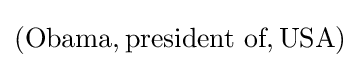
({\text{Obama}},{\text{president of}},{\text{USA}})